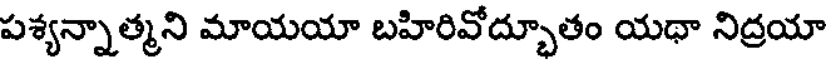
పశ్యన్నాత్మని మాయయా బహిరివోద్భూతం యథా నిద్రయా